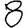
Digit: 8